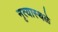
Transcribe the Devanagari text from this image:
नृत्यास्थळे